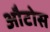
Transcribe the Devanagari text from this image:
औटोस